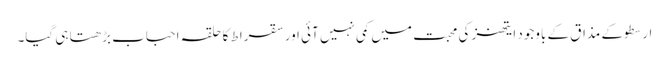
ارسطو کے مذاق کے باوجود ایتھنز کی محبت میں کمی نہیں آئی اور سقراط کا حلقہ احباب بڑھتا ہی گیا۔